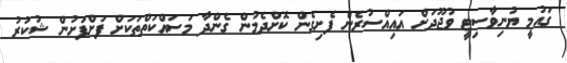
ގައުމީ ޔުނިވާސިޓީ ވުޖޫދަށް އައިއްސުރެން ފެށިގެން ކޮށްދެމުން ގެންދާ މަސައްކަތްތަކަށް ފަށްފަށުން ޝުކުރު